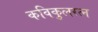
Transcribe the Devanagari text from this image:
कविकुलरत्न